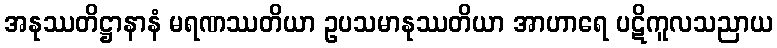
အနုဿတိဋ္ဌာနာနံ မရဏဿတိယာ ဥပသမာနုဿတိယာ အာဟာရေ ပဋိကူလသညာယ